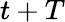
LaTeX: t+T